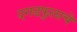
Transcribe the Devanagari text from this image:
दगडफुलाचे